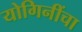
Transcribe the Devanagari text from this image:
योगिनींचा